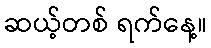
ဆယ့်တစ် ရက်နေ့။